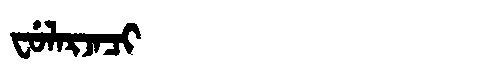
Manchu: ᠸᡠᠯᠠᡵᠵᠠᠴᡳ
Romanization: FULARJACI